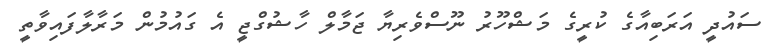
ސައުދީ އަރަބިއާގެ ކުރީގެ މަޝްހޫރު ނޫސްވެރިޔާ ޖަމާލް ހާޝުގްޖީ އެ ގައުމުން މަރާލާފައިވާތީ